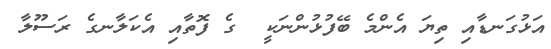
އަޅުގަނޑާއި ތިޔަ އެންމެ ބޭފުޅުންނަކީ  ގެ ފޮތާއި އެކަލާނގެ ރަސޫލާ